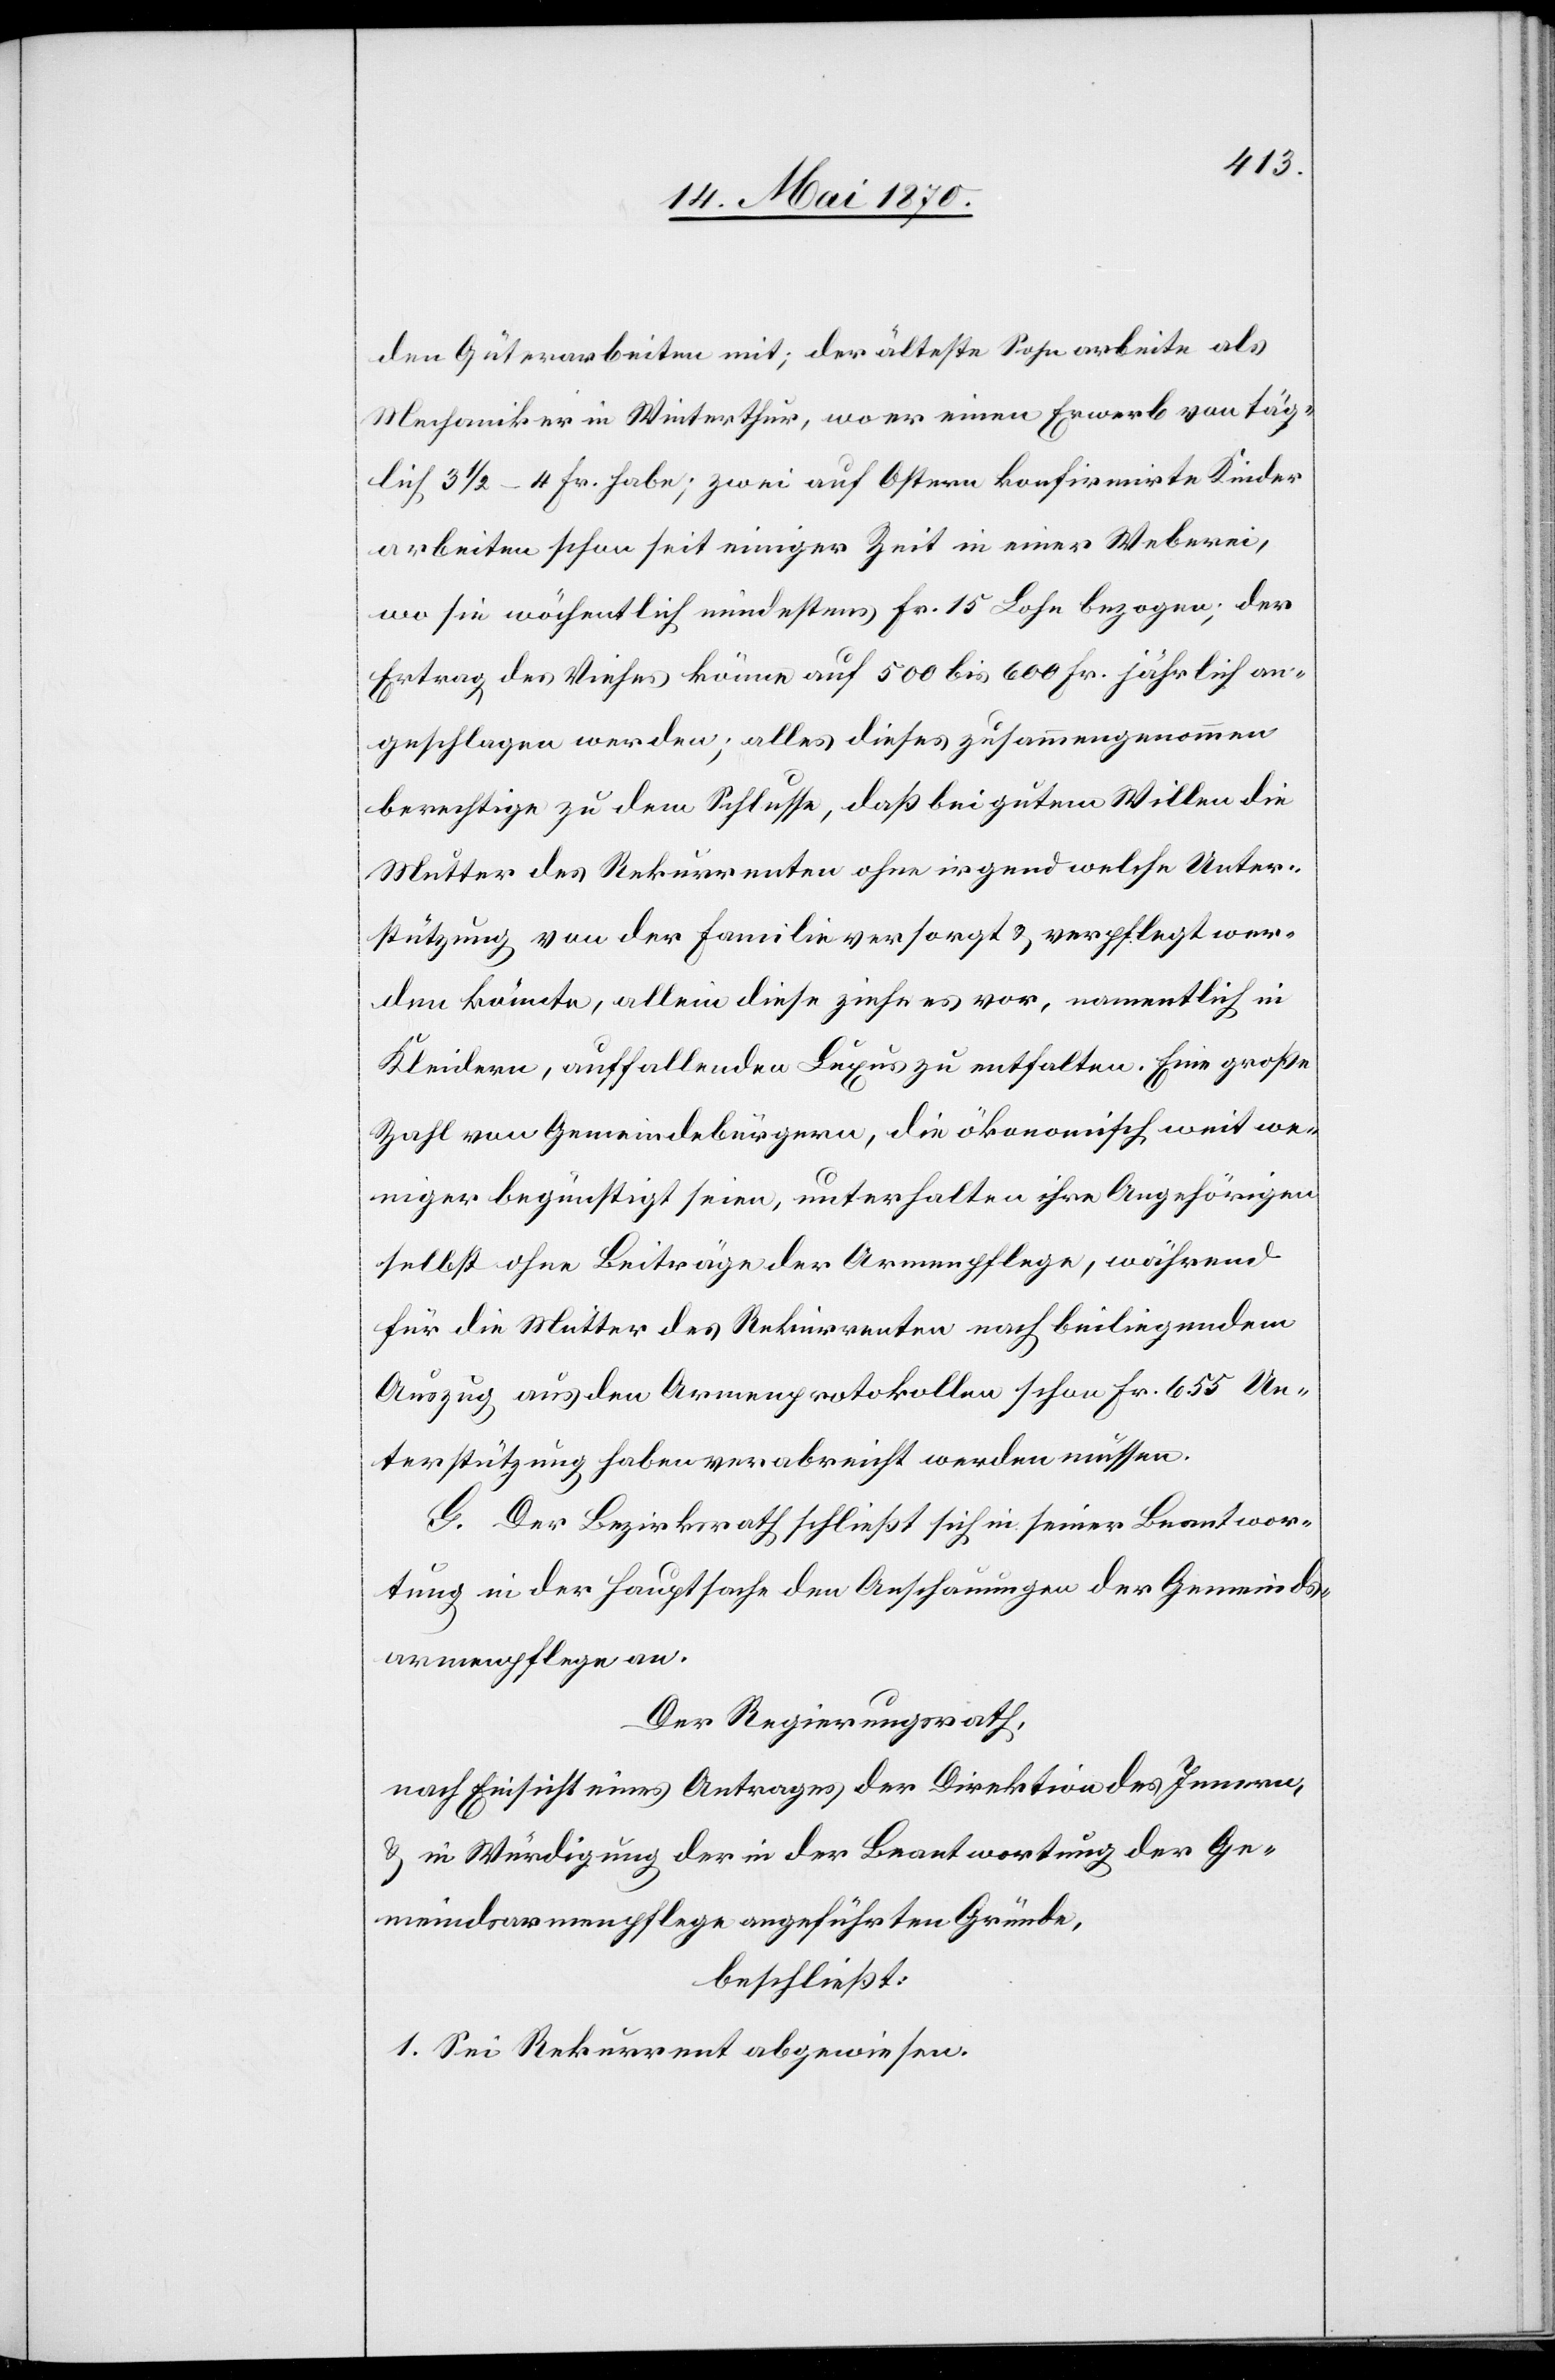
den Güterarbeiten mit; der älteste Sohn arbeite als
Mechaniker in Winterthur, wo er einen Erwerb von täg¬
lich 3 1/2–4 Fr. habe; zwei auf Ostern konfirmirte Kinder
arbeiten schon seit einiger Zeit in einer Weberei,
wo sie wöchentlich mindestens Fr. 15 Lohn bezogen; der
Ertrag des Viehes könne auf 500 bis 600 Fr. jährlich an¬
geschlagen werden; alles dieses zusammengenommen
berechtige zu dem Schlusse, daß bei gutem Willen die
Mutter des Rekurrenten ohne irgend welche Unter¬
stützung von der Familie versorgt & verpflegt wer¬
den könnte, allein diese ziehe es vor, namentlich in
Kleidern, auffallenden Luxus zu entfalten. Eine große
Zahl von Gemeindebürgern, die ökonomisch weit we¬
niger begünstigt seien, unterhalten ihre Angehörigen
selbst ohne Beiträge der Armenpflege, während
für die Mutter des Rekurrenten nach beiliegendem
Auszug aus den Armenprotokollen schon Fr. 655 Un¬
terstützung haben verabreicht werden müssen.
G. Der Bezirksrath schließt sich in seiner Beantwor¬
tung in der Hauptsache den Anschauungen der Gemeinds¬
armenpflege an.
Der Regierungsrath,
nach Einsicht eines Antrages der Direktion des Innern,
& in Würdigung der in der Beantwortung der Ge¬
meindarmenpflege angeführten Gründe,
beschließt:
1. Sei Rekurrent abgewiesen.